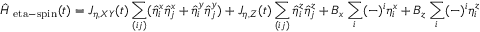
\hat { H } _ { \mathrm { \ e t a - s p i n } } ( t ) = J _ { \eta , X Y } ( t ) \sum _ { ( i j ) } ( \hat { \eta } _ { i } ^ { x } \hat { \eta } _ { j } ^ { x } + \hat { \eta } _ { i } ^ { y } \hat { \eta } _ { j } ^ { y } ) + J _ { \eta , Z } ( t ) \sum _ { ( i j ) } \hat { \eta } _ { i } ^ { z } \hat { \eta } _ { j } ^ { z } + B _ { x } \sum _ { i } ( - ) ^ { i } \eta _ { i } ^ { x } + B _ { z } \sum _ { i } ( - ) ^ { i } \eta _ { i } ^ { z }